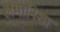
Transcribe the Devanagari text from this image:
अमानिशा